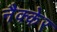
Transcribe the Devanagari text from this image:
नैक्केर